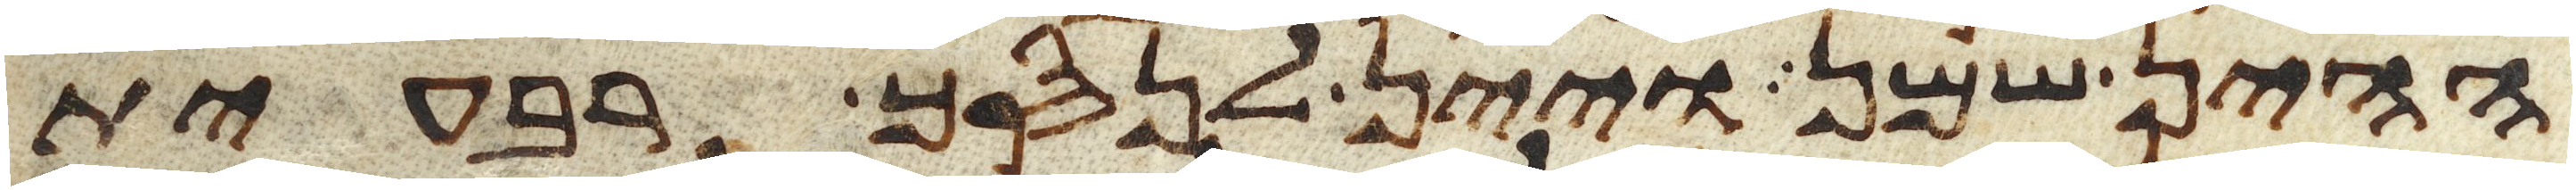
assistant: ההין שמן ויין לנסך רבעית